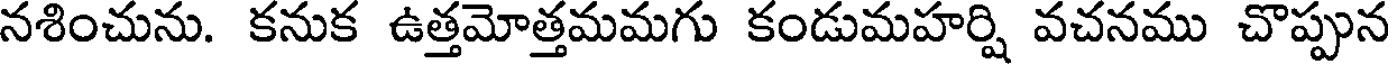
నశించును. కనుక ఉత్తమోత్తమమగు కండుమహర్షి వచనము చొప్పున